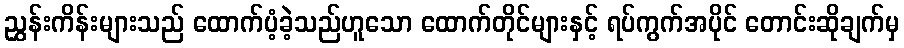
ညွှန်းကိန်းများသည် ထောက်ပံ့ခဲ့သည်ဟူသော ထောက်တိုင်များနှင့် ရပ်ကွက်အပိုင် တောင်းဆိုချက်မှ